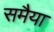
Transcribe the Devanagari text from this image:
समैया